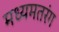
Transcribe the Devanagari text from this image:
मध्यमतरंग